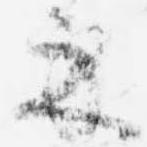
示